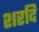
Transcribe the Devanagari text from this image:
शरदि